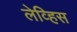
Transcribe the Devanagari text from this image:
लेव्हिस